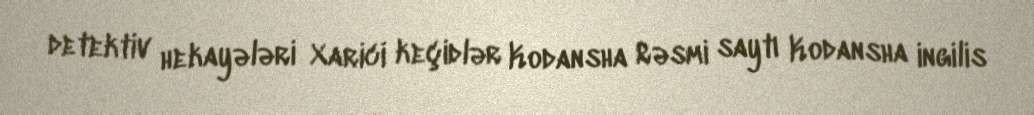
detektiv hekayələri Xarici keçidlər Kodansha Rəsmi saytı Kodansha ingilis